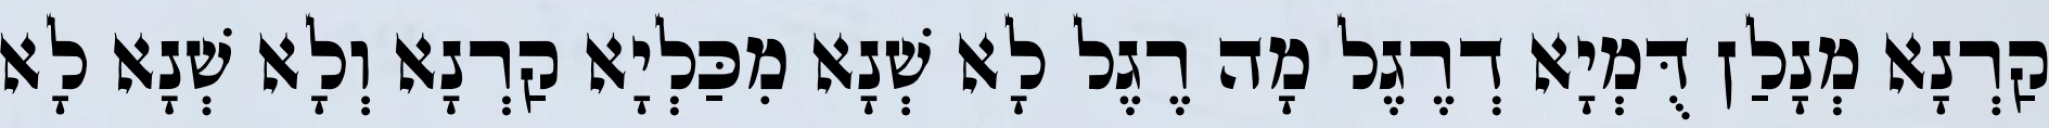
קַרְנָא מְנָלַן דֻּמְיָא דְרֶגֶל מָה רֶגֶל לָא שְׁנָא מִכַּלְיָא קַרְנָא וְלָא שְׁנָא לָא